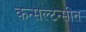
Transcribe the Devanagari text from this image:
कन्सल्टन्सीत